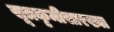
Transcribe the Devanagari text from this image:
सूत्रकृमीसारख्या